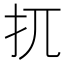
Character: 扤